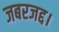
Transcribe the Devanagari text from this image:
जबरजद्द।